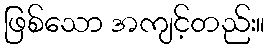
ဖြစ်သော အကျင့်တည်း။